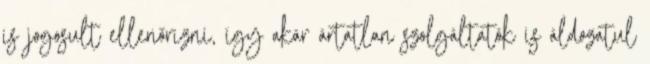
is jogosult ellenőrizni, így akár ártatlan szolgáltatók is áldozatul